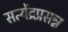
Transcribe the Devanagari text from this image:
सत्येंद्रप्रसन्न